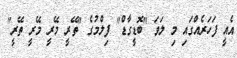
އެއީ ފަހަރެއްގައި މި ލަވަ "ބޮޑީގާޑް" ފިލްމުގެ "ތޭރީ މޭރީ މޭރީ ތޭރީ"